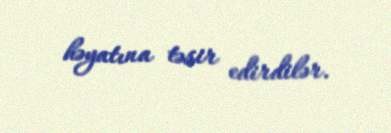
həyatına təsir edirdilər.